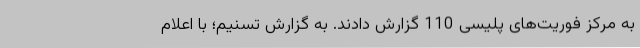
به مرکز فوریت‌های پلیسی 110 گزارش دادند. به گزارش تسنیم؛ با اعلام